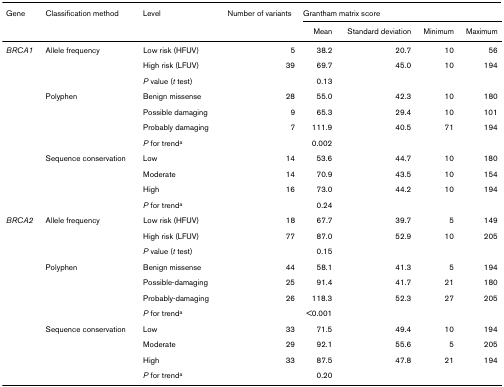
<table><thead><tr><td><b>Gene</b></td><td><b>Classification method</b></td><td><b>Level</b></td><td><b>Number of variants</b></td><td colspan="4"><b>Grantham matrix score</b></td></tr><tr><td></td><td></td><td></td><td></td><td><b>Mean</b></td><td><b>Standard deviation</b></td><td><b>Minimum</b></td><td><b>Maximum</b></td></tr></thead><tbody><tr><td><i>BRCA1</i></td><td>Allele frequency</td><td>Low risk (HFUV)</td><td>5</td><td>38.2</td><td>20.7</td><td>10</td><td>56</td></tr><tr><td></td><td></td><td>High risk (LFUV)</td><td>39</td><td>69.7</td><td>45.0</td><td>10</td><td>194</td></tr><tr><td></td><td></td><td><i>P </i>value (<i>t </i>test)</td><td></td><td>0.13</td><td></td><td></td><td></td></tr><tr><td></td><td>Polyphen</td><td>Benign missense</td><td>28</td><td>55.0</td><td>42.3</td><td>10</td><td>180</td></tr><tr><td></td><td></td><td>Possible damaging</td><td>9</td><td>65.3</td><td>29.4</td><td>10</td><td>101</td></tr><tr><td></td><td></td><td>Probably damaging</td><td>7</td><td>111.9</td><td>40.5</td><td>71</td><td>194</td></tr><tr><td></td><td></td><td><i>P </i>for trend<sup>a</sup></td><td></td><td>0.002</td><td></td><td></td><td></td></tr><tr><td></td><td>Sequence conservation</td><td>Low</td><td>14</td><td>53.6</td><td>44.7</td><td>10</td><td>180</td></tr><tr><td></td><td></td><td>Moderate</td><td>14</td><td>70.9</td><td>43.5</td><td>10</td><td>154</td></tr><tr><td></td><td></td><td>High</td><td>16</td><td>73.0</td><td>44.2</td><td>10</td><td>194</td></tr><tr><td></td><td></td><td><i>P </i>for trend<sup>a</sup></td><td></td><td>0.24</td><td></td><td></td><td></td></tr><tr><td><i>BRCA2</i></td><td>Allele frequency</td><td>Low risk (HFUV)</td><td>18</td><td>67.7</td><td>39.7</td><td>5</td><td>149</td></tr><tr><td></td><td></td><td>High risk (LFUV)</td><td>77</td><td>87.0</td><td>52.9</td><td>10</td><td>205</td></tr><tr><td></td><td></td><td><i>P </i>value (<i>t </i>test)</td><td></td><td>0.15</td><td></td><td></td><td></td></tr><tr><td></td><td>Polyphen</td><td>Benign missense</td><td>44</td><td>58.1</td><td>41.3</td><td>5</td><td>194</td></tr><tr><td></td><td></td><td>Possible-damaging</td><td>25</td><td>91.4</td><td>41.7</td><td>21</td><td>180</td></tr><tr><td></td><td></td><td>Probably-damaging</td><td>26</td><td>118.3</td><td>52.3</td><td>27</td><td>205</td></tr><tr><td></td><td></td><td><i>P </i>for trend<sup>a</sup></td><td></td><td>&lt;0.001</td><td></td><td></td><td></td></tr><tr><td></td><td>Sequence conservation</td><td>Low</td><td>33</td><td>71.5</td><td>49.4</td><td>10</td><td>194</td></tr><tr><td></td><td></td><td>Moderate</td><td>29</td><td>92.1</td><td>55.6</td><td>5</td><td>205</td></tr><tr><td></td><td></td><td>High</td><td>33</td><td>87.5</td><td>47.8</td><td>21</td><td>194</td></tr><tr><td></td><td></td><td><i>P </i>for trend<sup>a</sup></td><td></td><td>0.20</td><td></td><td></td><td></td></tr></tbody></table>